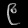
Digit: ၉